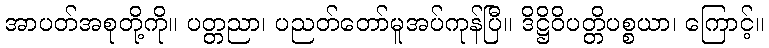
အာပတ်အစုတို့ကို။ ပတ္တညာ၊ ပညတ်တော်မူအပ်ကုန်ပြီ။ ဒိဋ္ဌိဝိပတ္တိပစ္စယာ၊ ကြောင့်။